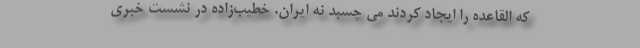
که القاعده را ایجاد کردند می چسبد نه ایران. خطیب‌زاده در نشست خبری